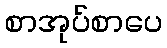
စာအုပ်စာပေ